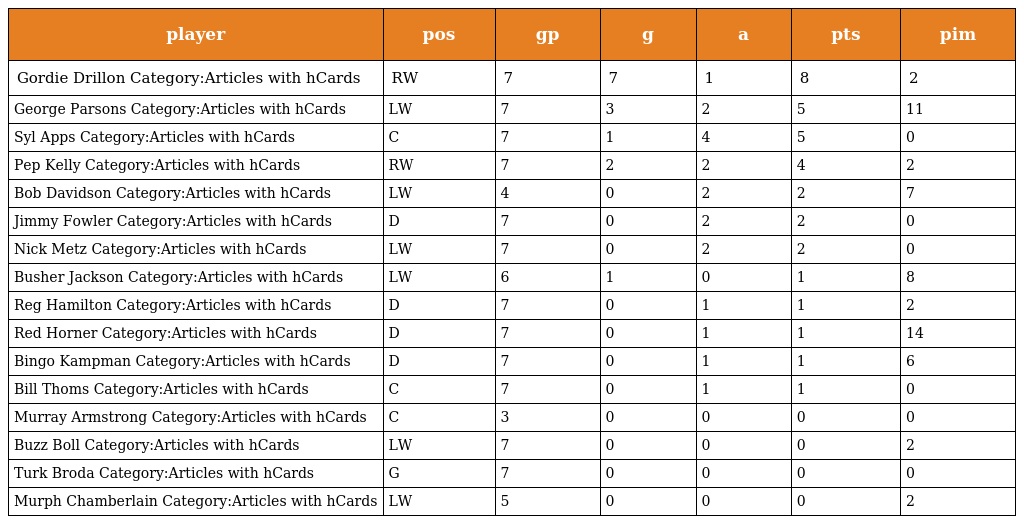
| player | pos | gp | g | a | pts | pim |
 | --- | --- | --- | --- | --- | --- | --- |
 | Gordie Drillon Category:Articles with hCards | RW | 7 | 7 | 1 | 8 | 2 |
 | George Parsons Category:Articles with hCards | LW | 7 | 3 | 2 | 5 | 11 |
 | Syl Apps Category:Articles with hCards | C | 7 | 1 | 4 | 5 | 0 |
 | Pep Kelly Category:Articles with hCards | RW | 7 | 2 | 2 | 4 | 2 |
 | Bob Davidson Category:Articles with hCards | LW | 4 | 0 | 2 | 2 | 7 |
 | Jimmy Fowler Category:Articles with hCards | D | 7 | 0 | 2 | 2 | 0 |
 | Nick Metz Category:Articles with hCards | LW | 7 | 0 | 2 | 2 | 0 |
 | Busher Jackson Category:Articles with hCards | LW | 6 | 1 | 0 | 1 | 8 |
 | Reg Hamilton Category:Articles with hCards | D | 7 | 0 | 1 | 1 | 2 |
 | Red Horner Category:Articles with hCards | D | 7 | 0 | 1 | 1 | 14 |
 | Bingo Kampman Category:Articles with hCards | D | 7 | 0 | 1 | 1 | 6 |
 | Bill Thoms Category:Articles with hCards | C | 7 | 0 | 1 | 1 | 0 |
 | Murray Armstrong Category:Articles with hCards | C | 3 | 0 | 0 | 0 | 0 |
 | Buzz Boll Category:Articles with hCards | LW | 7 | 0 | 0 | 0 | 2 |
 | Turk Broda Category:Articles with hCards | G | 7 | 0 | 0 | 0 | 0 |
 | Murph Chamberlain Category:Articles with hCards | LW | 5 | 0 | 0 | 0 | 2 |